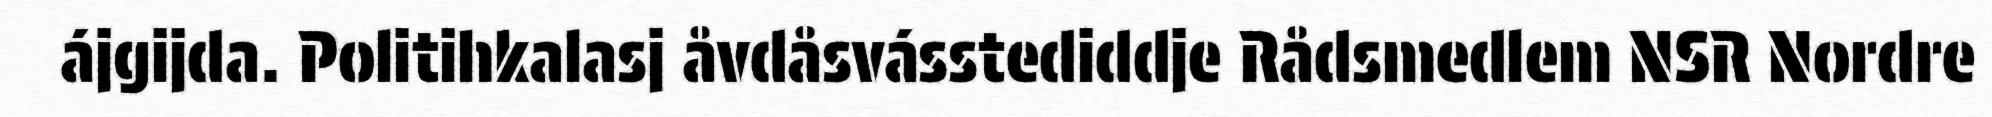
ájgijda. Politihkalasj åvdåsvásstediddje Rådsmedlem NSR Nordre